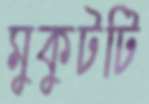
মুকুটটি